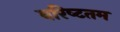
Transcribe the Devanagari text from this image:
वरिष्‍टतम